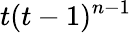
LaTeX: t(t-1)^{n-1}